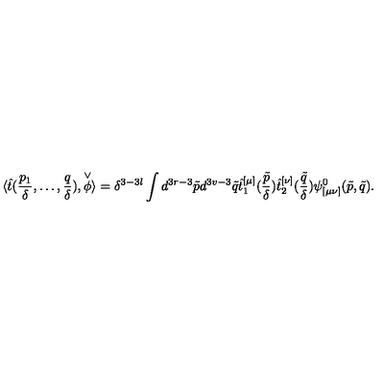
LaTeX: \langle \hat { t } ( \frac { p _ { 1 } } { \delta } , \ldots , \frac { q } { \delta } ) , \stackrel { \vee } { \phi } \rangle = \delta ^ { 3 - 3 l } \int d ^ { 3 r - 3 } \tilde { p } d ^ { 3 v - 3 } \tilde { q } \hat { t } _ { 1 } ^ { [ \mu ] } ( \frac { \tilde { p } } { \delta } ) \hat { t } _ { 2 } ^ { [ \nu ] } ( \frac { \tilde { q } } { \delta } ) \psi _ { [ \mu \nu ] } ^ { 0 } ( \tilde { p } , \tilde { q } ) .